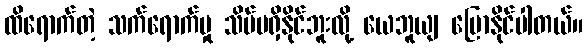
ထိရောက်တဲ့ သက်ရောက်မှု သိပ်မရှိနိုင်ဘူးလို့ ယေဘူယျ ပြောနိုင်ပါတယ်။